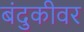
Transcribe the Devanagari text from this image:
बंदुकीवर